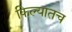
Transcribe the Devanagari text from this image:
किल्यातच